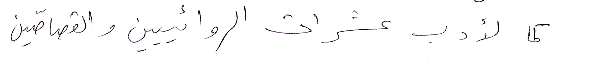
كما لأدب عشرات الروائيين والقصّاصين